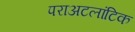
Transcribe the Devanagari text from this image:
पराअटलांटिक